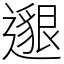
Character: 𨗿